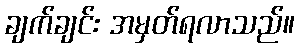
ချက်ချင်း အမှတ်ရလာသည်။